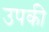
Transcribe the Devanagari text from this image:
उपकी